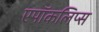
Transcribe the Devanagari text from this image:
एपॉकलिप्स